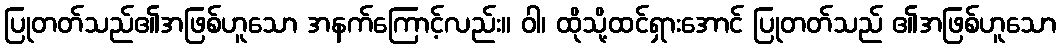
ပြုတတ်သည်၏အဖြစ်ဟူသော အနက်ကြောင့်လည်း။ ဝါ၊ ထိုသို့ထင်ရှားအောင် ပြုတတ်သည် ၏အဖြစ်ဟူသော